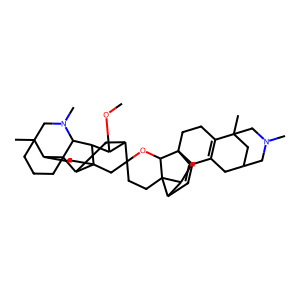
SMILES: COC1C2CC3C4(CCC5C6(C)CCCC53C(C14)N(C)C6)CC21CCC23C4C=C5C6=C(CCC5(CC42)C3O1)C1(C)CC(C6)CN(C)C1
Inhibits HIV replication: Yes